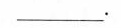
___.